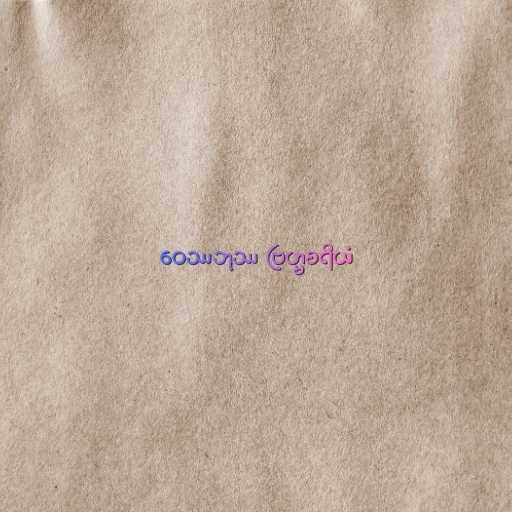
ဝေဿဘုဿ ဗြဟ္မစရိယံ